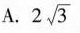
A. 2 \sqrt{3}